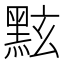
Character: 𪐷